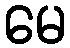
မေ